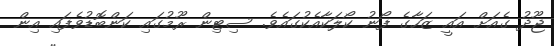
ޖޫދު ގެއަށް އައީ ޒަހާގެ ފޯނު ކޯލަކާއެކުގައެވެ. ސިޓިން ރޫމުގައި ކަންބޮޑުވެފައި އިން